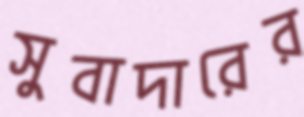
সুবাদারের